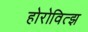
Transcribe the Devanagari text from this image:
होरोवित्झ